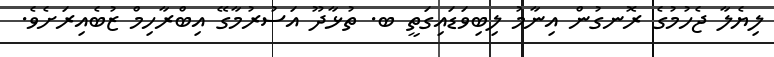
ލިޔެލާ ޖެހުމުގެ ރޮނގުން އިނާމު ލިބިވަޑައިގަތީ ބ. ތުޅާދޫ އަސުރުމާގޭ އިބްރާހިމް ޒުބެއިރަށެވެ.